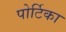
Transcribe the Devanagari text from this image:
पोर्टिका